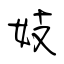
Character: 妓